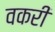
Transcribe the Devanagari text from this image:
वकरी